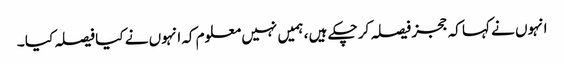
انہوں نے کہا کہ ججز فیصلہ کر چکے ہیں ، ہمیں نہیں معلوم کہ انہوں نے کیا فیصلہ کیا ۔